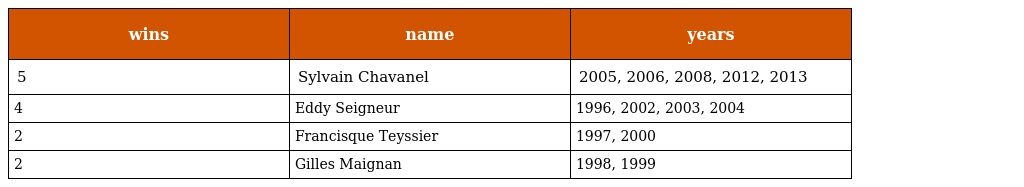
| wins | name | years |
 | --- | --- | --- |
 | 5 | Sylvain Chavanel | 2005, 2006, 2008, 2012, 2013 |
 | 4 | Eddy Seigneur | 1996, 2002, 2003, 2004 |
 | 2 | Francisque Teyssier | 1997, 2000 |
 | 2 | Gilles Maignan | 1998, 1999 |